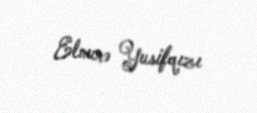
Elnurə Yusifqızı